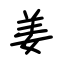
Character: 姜